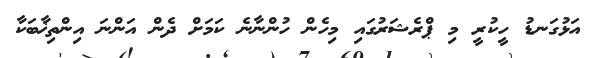
އަޅުގަނޑު ހީކުރީ މި ޕްރެޝަރުގައި މިހެން ހުންނާނެ ކަމަށް ދެން އަންނަ އިންތިޚާބަކާ